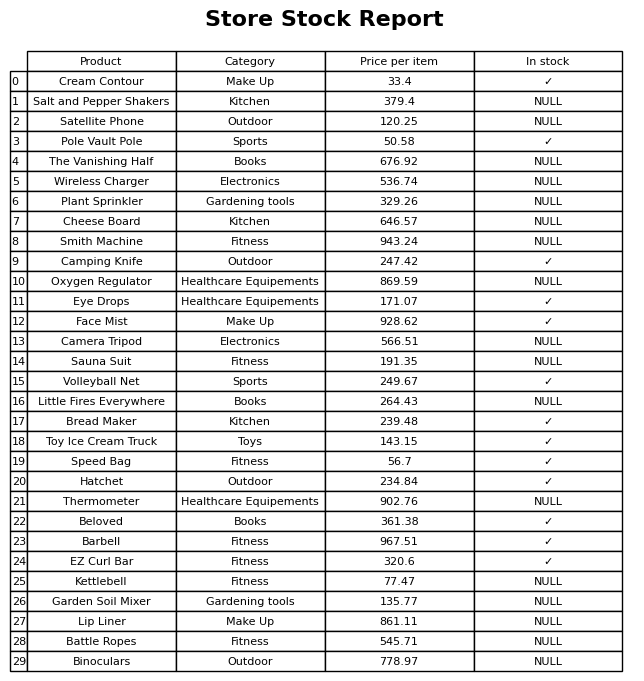
question: What is the price for Thermometer?
answer: The price of Thermometer is 902.76.